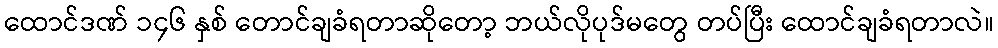
ထောင်ဒဏ် ၁၄၆ နှစ် တောင်ချခံရတာဆိုတော့ ဘယ်လိုပုဒ်မတွေ တပ်ပြီး ထောင်ချခံရတာလဲ။